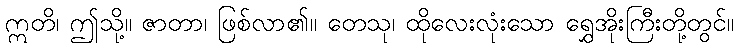
ဣတိ၊ ဤသို့။ ဇာတာ၊ ဖြစ်လာ၏။ တေသု၊ ထိုလေးလုံးသော ရွှေအိုးကြီးတို့တွင်။